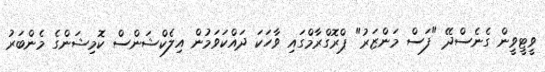
ވީޓީވީން ގެނެސްދޭ "ފަސް މަންޒަރު" ޕްރޮގްރާމްގައި ވާހަކަ ދައްކަވަމުން އިލެކްޝަންސް ކޮމިޝަންގެ މެންބަރު